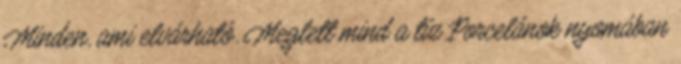
Minden, ami elvárható. Meglett mind a tíz Porcelánok nyomában